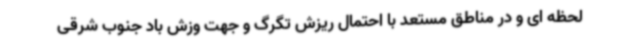
لحظه ای و در مناطق مستعد با احتمال ریزش تگرگ و جهت وزش باد جنوب شرقی